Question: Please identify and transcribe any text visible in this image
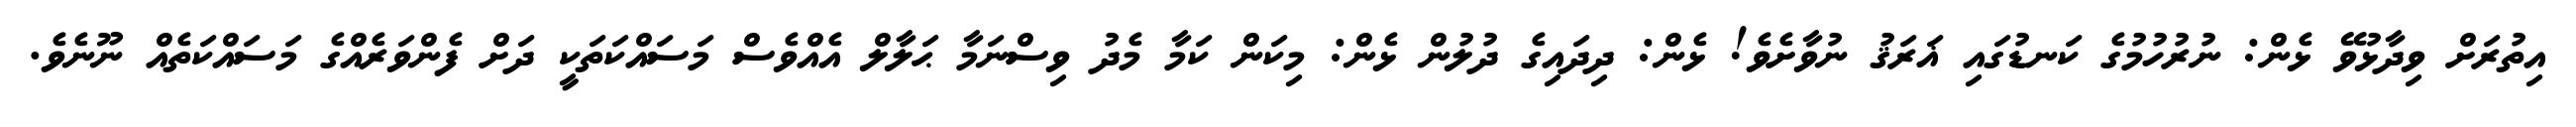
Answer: އިތުރަށް ވިދާޅުވޭ ޅެން: ނުރުހުމުގެ ކަނޑުގައި ޣަރަޤު ނުވާށެވެ! ޅެން: ދިދައިގެ ދުލުން ޅެން: މިކަން ކަމާ މެދު ވިސްނަމާ ޙަލާލް އެއްވެސް މަސައްކަތަކީ ދަށް ފެންވަރެއްގެ މަސައްކަތެއް ނޫނެވެ.